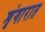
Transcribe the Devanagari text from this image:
शृंगारात